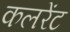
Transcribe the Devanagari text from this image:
कलरेंट